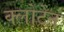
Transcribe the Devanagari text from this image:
क्लोटेन